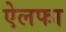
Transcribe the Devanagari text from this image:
ऐलफा